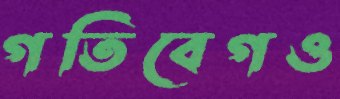
গতিবেগও